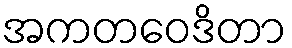
အကတဝေဒိတာ